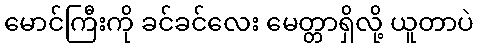
မောင်ကြီးကို ခင်ခင်လေး မေတ္တာရှိလို့ ယူတာပဲ